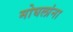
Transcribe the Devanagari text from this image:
मोघलांना